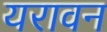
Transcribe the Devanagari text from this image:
यरावन